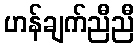
ဟန်ချက်ညီညီ